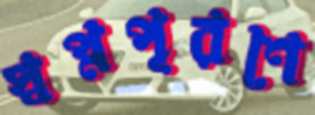
স্বপ্নপূরণে